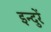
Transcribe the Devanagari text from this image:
इन्दुरें